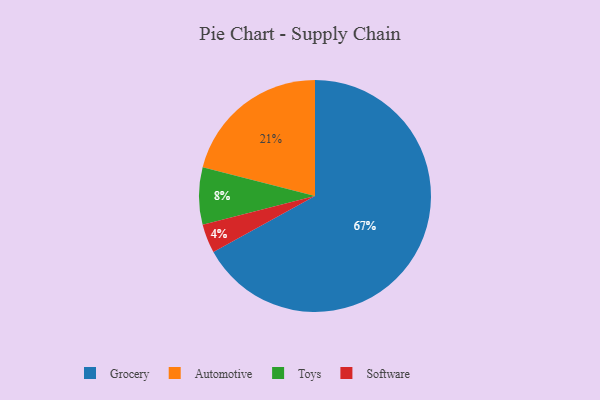
{"axis": {"x": "Category", "y": "Percentage"}, "legend": ["Automotive", "Grocery", "Software", "Toys"], "data": [{"x": "Software", "y": 4, "type": "Software"}, {"x": "Toys", "y": 8, "type": "Toys"}, {"x": "Grocery", "y": 67, "type": "Grocery"}, {"x": "Automotive", "y": 21, "type": "Automotive"}]}